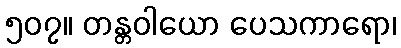
၅၀၇။ တန္တဝါယော ပေသကာရော၊